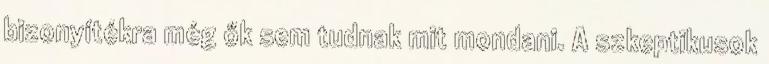
bizonyítékra még ők sem tudnak mit mondani. A szkeptikusok